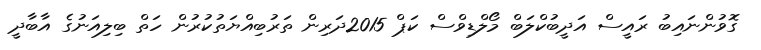
ގޮވުންނައިބު ރައީސް އަދީބުކްލަބް މޯލްޑިވްސް ކަޕް 2015ދަރިން ތަރުބިއްޔަތުކުރުން ހަތް ބިލިއަނުގެ އާބާދީ